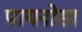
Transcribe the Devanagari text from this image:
पायनोसा